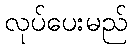
လုပ်ပေးမည်